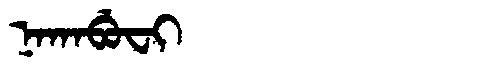
Manchu: ᠨᠠᡴᠠᠪᡠᠸᡳ
Romanization: NAKABUFI